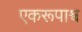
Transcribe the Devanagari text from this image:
एकरूपाश्व